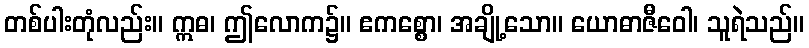
တစ်ပါးတုံလည်း။ ဣဓ၊ ဤလောက၌။ ဧကစ္စော၊ အချို့သော။ ယောဓာဇီဝေါ၊ သူရဲသည်။